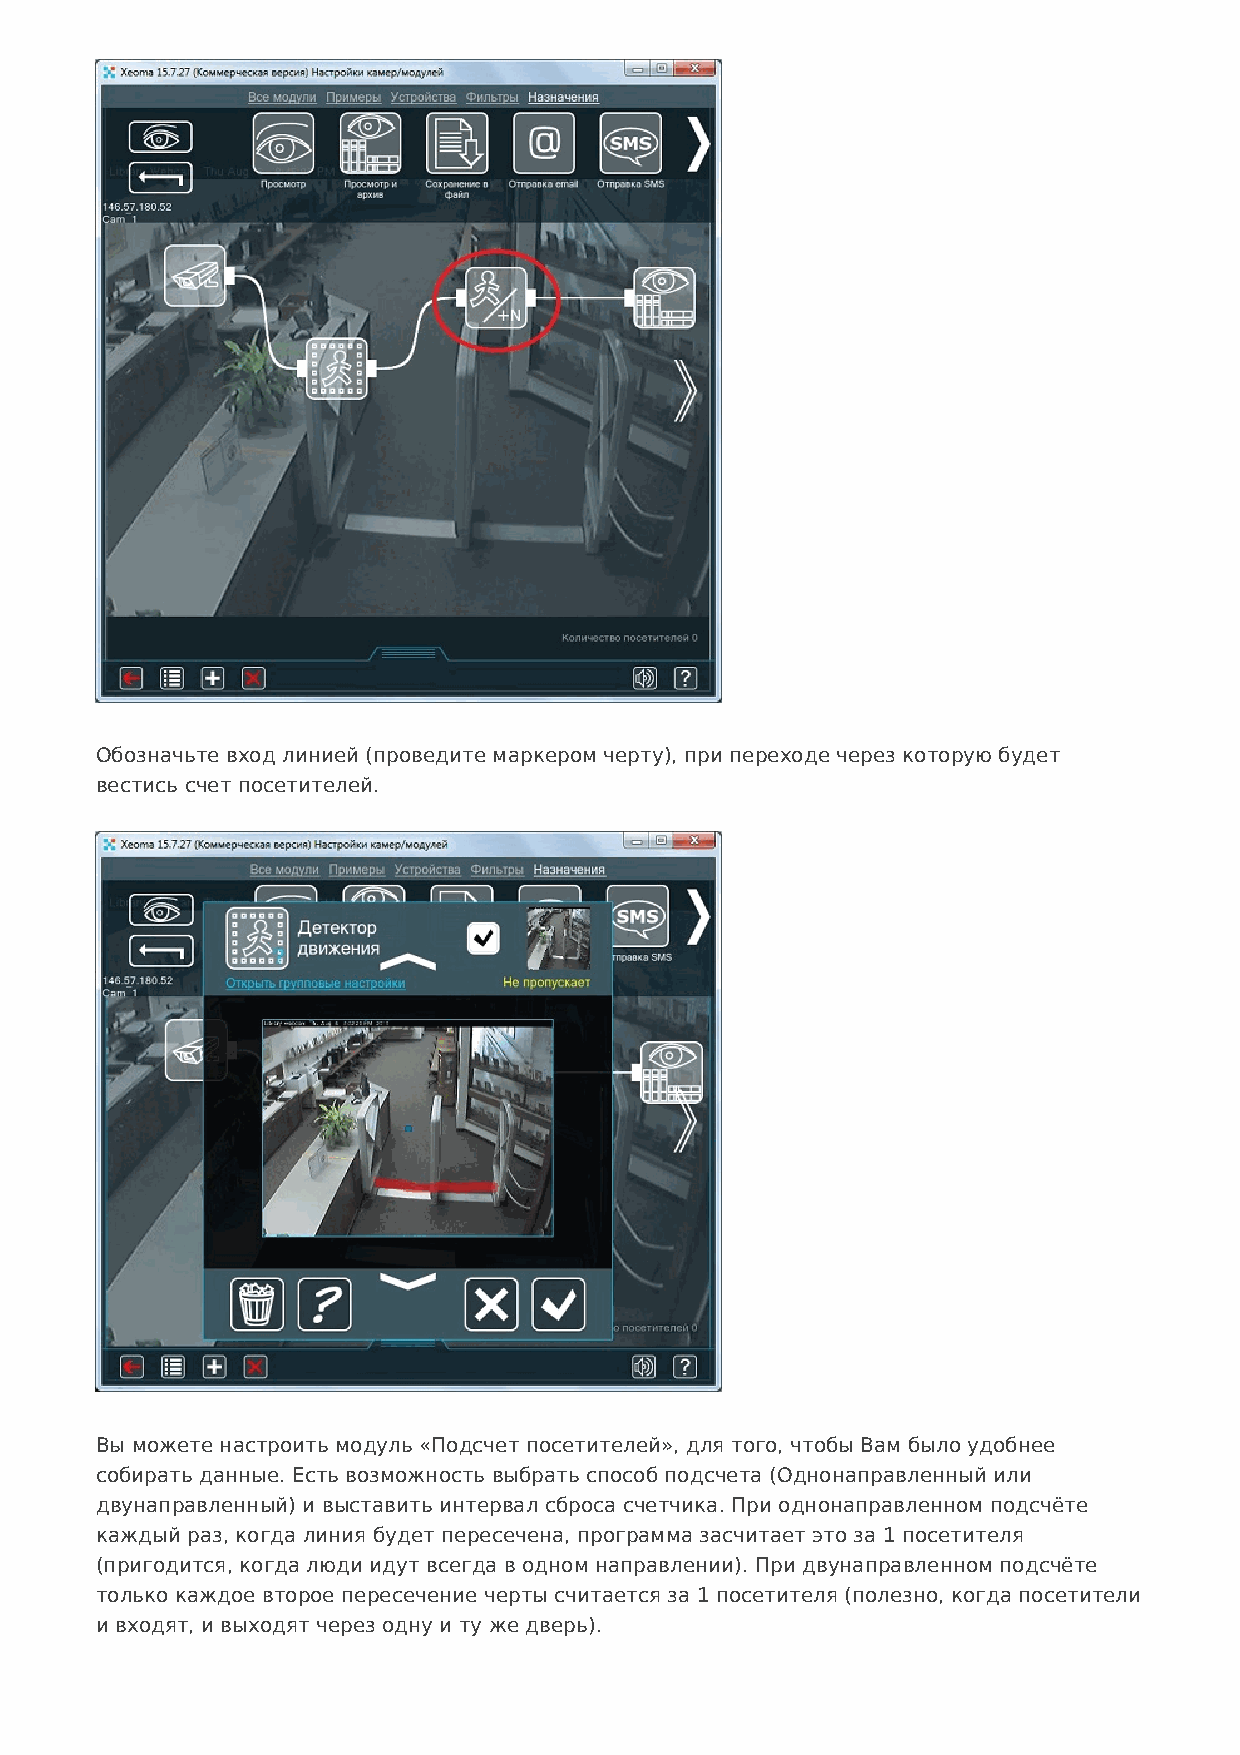
Обозначьте вход линией (проведите маркером черту), при переходе через которую будет
 вестись счет посетителей.
 Вы можете настроить модуль «Подсчет посетителей», для того, чтобы Вам было удобнее
 собирать данные. Есть возможность выбрать способ подсчета (Однонаправленный или
 двунаправленный) и выставить интервал сброса счетчика. При однонаправленном подсчёте
 каждый раз, когда линия будет пересечена, программа засчитает это за 1 посетителя
 (пригодится, когда люди идут всегда в одном направлении). При двунаправленном подсчёте
 только каждое второе пересечение черты считается за 1 посетителя (полезно, когда посетители
 и входят, и выходят через одну и ту же дверь).